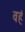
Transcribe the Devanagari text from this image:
वहं